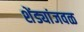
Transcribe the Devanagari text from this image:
शेंड्यांजवळ